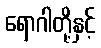
ရောဂါတို့နှင့်